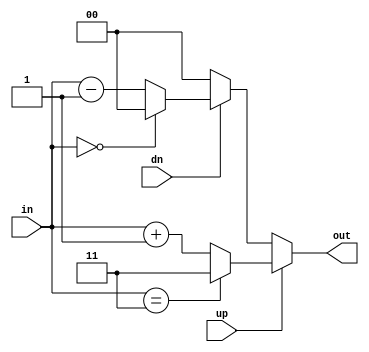
/*
A saturating incrementer/decrementer.
Adds +/-1 to the input with saturation to prevent overflow.
*/

module sat_updn #(
    parameter WIDTH=2
) (
    input [WIDTH-1:0] in,
    input up,
    input dn,

    output [WIDTH-1:0] out
);

    // TODO: Your code
    localparam 
    MIN = {WIDTH{1'b0}},
    MAX = {WIDTH{1'b1}};

    reg [WIDTH-1:0] sat_cnt;
    assign out = sat_cnt;

    always @(*) begin 
        if (up) sat_cnt = (in == MAX) ? MAX : in + 'b1;
        else if (dn) sat_cnt = (in == MIN) ? MIN : in - 'b1;
        else sat_cnt = 'b0;
    end

endmodule